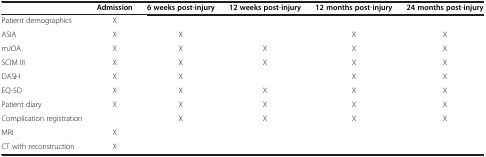
|  | Admission | 6 weeks post-injury | 12 weeks post-injury | 12 months post-injury | 24 months post-injury |
 | --- | --- | --- | --- | --- | --- |
 | Patient demographics | X |  |  |  |  |
 | ASIA | X | X |  | X | X |
 | mJOA | X | X | X | X | X |
 | SCIM III | X | X | X | X | X |
 | DASH | X | X |  | X | X |
 | EQ-5D | X | X | X | X | X |
 | Patient diary | X | X | X | X | X |
 | Complication registration |  | X | X | X | X |
 | MRI | X |  |  |  |  |
 | CT with reconstruction | X |  |  |  |  |